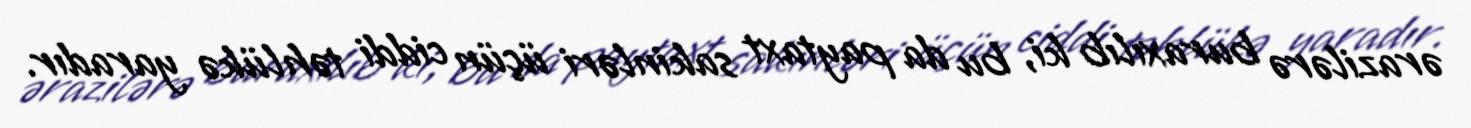
ərazilərə buraxılıb ki, bu da paytaxt sakinləri üçün ciddi təhlükə yaradır.